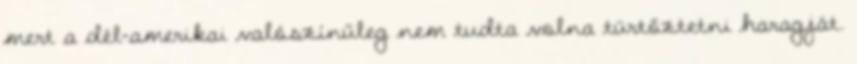
mert a dél-amerikai valószínűleg nem tudta volna türtőztetni haragját.